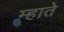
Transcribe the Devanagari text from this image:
म्हाते